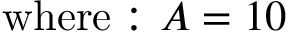
{ \mathrm { w h e r e : ~ } } A = 1 0